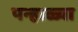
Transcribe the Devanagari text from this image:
पन्हाळ्या